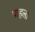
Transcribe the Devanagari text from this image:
पाहला